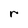
Character: r